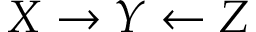
X \rightarrow Y \leftarrow Z